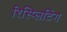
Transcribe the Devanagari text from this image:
रिस्प्लिटिंग